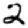
Digit: 2